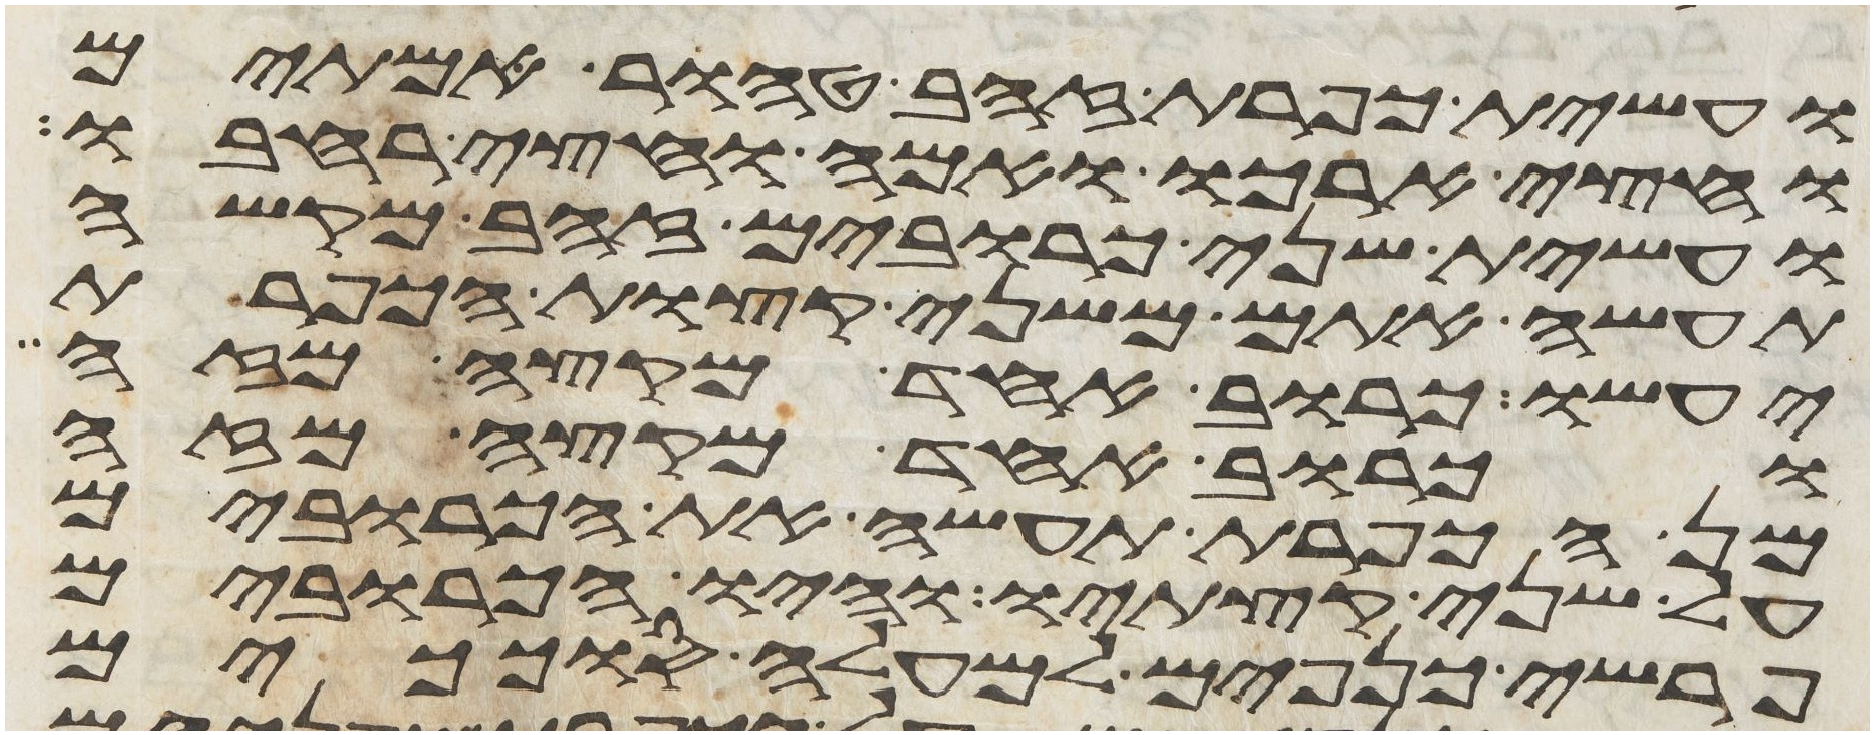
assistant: ועשית כפרת זהב טהור אמתים
וחצי ארכו ואמה וחצי רחבו
ועשית שני כרובים זהב מקשה
תעשה אתם משני קצות הכפרת
יעשו כרוב אחד מקצה מזה
וכרוב אחד מקצה מזה
מן הכפרת תעשה את הכרובים
על שני קצתיו והיו הכרובים
פרשי כנפים למעלה סככים